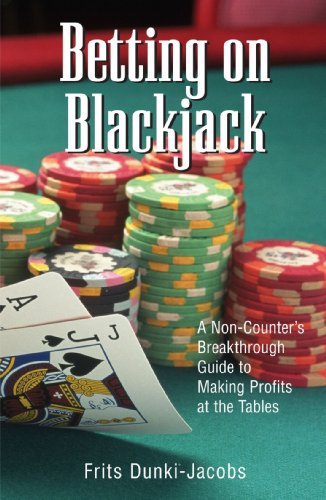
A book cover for Betting On Blackjack: A Non-Counter's Breakthrough Guide to Making Profits at the Tables; Frits Dunki-Jacobs; Humor & Entertainment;